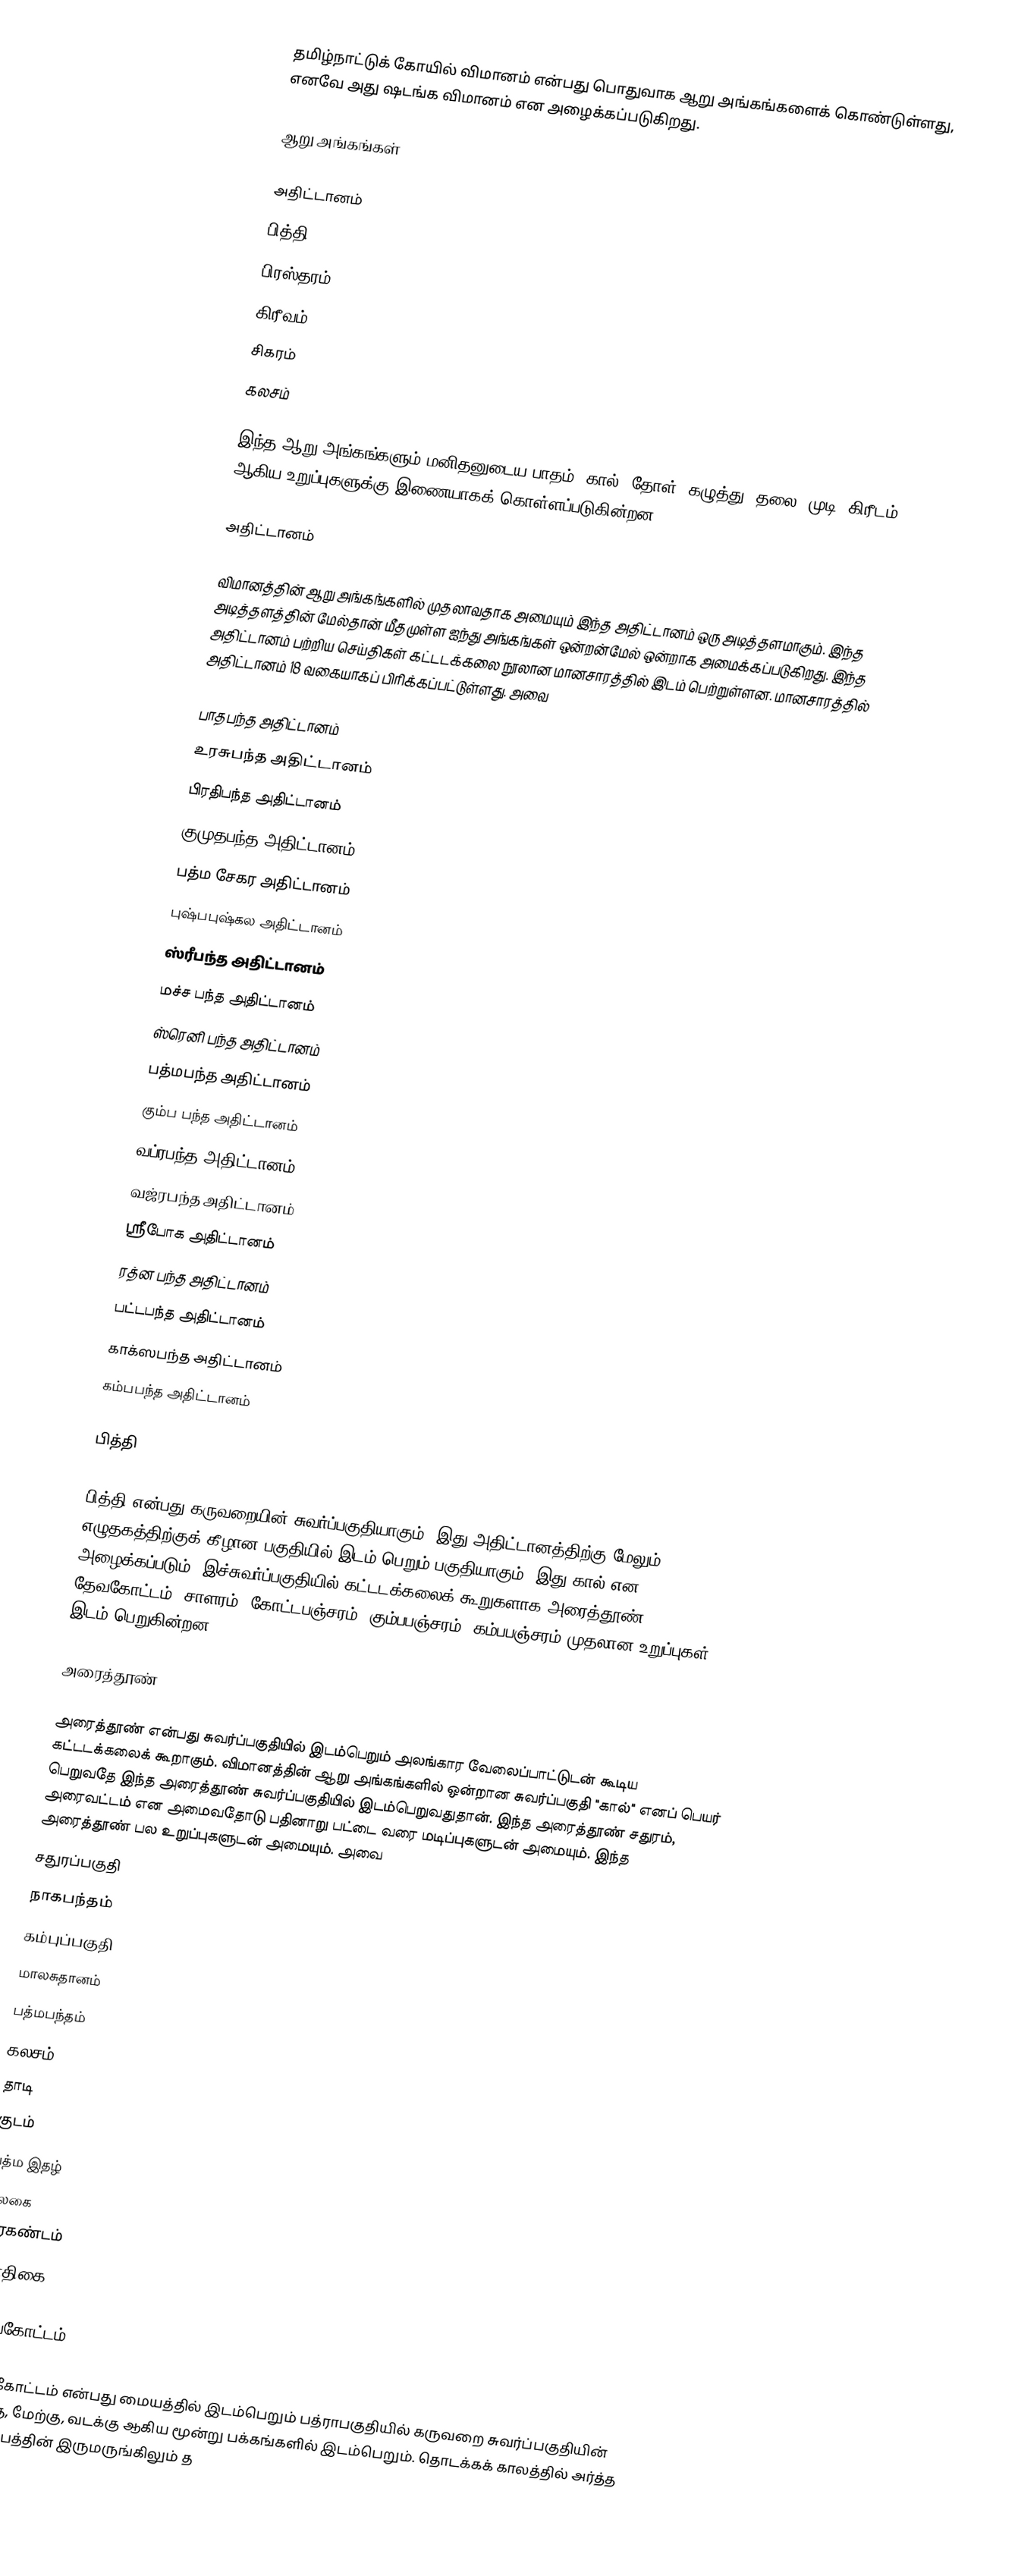
தமிழ்நாட்டுக் கோயில் விமானம் என்பது பொதுவாக ஆறு அங்கங்களைக் கொண்டுள்ளது, எனவே அது ஷடங்க விமானம் என அழைக்கப்படுகிறது.

ஆறு அங்கங்கள்

 அதிட்டானம்
 பித்தி
 பிரஸ்தரம்
 கிரீவம்
 சிகரம்
 கலசம்

இந்த ஆறு அங்கங்களும் மனிதனுடைய பாதம், கால், தோள், கழுத்து, தலை, முடி (கிரீடம்) ஆகிய உறுப்புகளுக்கு இணையாகக் கொள்ளப்படுகின்றன.

அதிட்டானம்

விமானத்தின் ஆறு அங்கங்களில் முதலாவதாக அமையும் இந்த அதிட்டானம் ஒரு அடித்தளமாகும். இந்த அடித்தளத்தின் மேல்தான் மீதமுள்ள ஐந்து அங்கங்கள் ஒன்றன்மேல் ஒன்றாக அமைக்கப்படுகிறது. இந்த அதிட்டானம் பற்றிய செய்திகள் கட்டடக்கலை நூலான மானசாரத்தில் இடம் பெற்றுள்ளன. மானசாரத்தில் அதிட்டானம் 18 வகையாகப் பிரிக்கப்பட்டுள்ளது. அவை

பாதபந்த அதிட்டானம்
உரசுபந்த அதிட்டானம்
பிரதிபந்த அதிட்டானம்
குமுதபந்த அதிட்டானம்
பத்ம சேகர அதிட்டானம்
புஷ்பபுஷ்கல அதிட்டானம்
ஸ்ரீபந்த அதிட்டானம்
மச்ச பந்த அதிட்டானம்
ஸ்ரெனி பந்த அதிட்டானம்
பத்மபந்த அதிட்டானம்
கும்ப பந்த அதிட்டானம்
வப்ரபந்த அதிட்டானம்
வஜ்ரபந்த அதிட்டானம்
ஸ்ரீபோக அதிட்டானம்
ரத்ன பந்த அதிட்டானம்
பட்டபந்த அதிட்டானம்
காக்ஸபந்த அதிட்டானம்
கம்பபந்த அதிட்டானம்

பித்தி

பித்தி என்பது கருவறையின் சுவர்ப்பகுதியாகும். இது அதிட்டானத்திற்கு மேலும் எழுதகத்திற்குக் கீழான பகுதியில் இடம் பெறும் பகுதியாகும். இது கால் என அழைக்கப்படும். இச்சுவர்ப்பகுதியில் கட்டடக்கலைக் கூறுகளாக அரைத்தூண், தேவகோட்டம், சாளரம், கோட்டபஞ்சரம், கும்பபஞ்சரம், கம்பபஞ்சரம் முதலான உறுப்புகள் இடம் பெறுகின்றன.

அரைத்தூண்

அரைத்தூண் என்பது சுவர்ப்பகுதியில் இடம்பெறும் அலங்கார வேலைப்பாட்டுடன் கூடிய கட்டடக்கலைக் கூறாகும். விமானத்தின் ஆறு அங்கங்களில் ஒன்றான சுவர்ப்பகுதி "கால்" எனப் பெயர் பெறுவதே இந்த அரைத்தூண் சுவர்ப்பகுதியில் இடம்பெறுவதுதான். இந்த அரைத்தூண் சதுரம், அரைவட்டம் என அமைவதோடு பதினாறு பட்டை வரை மடிப்புகளுடன் அமையும். இந்த அரைத்தூண் பல உறுப்புகளுடன் அமையும். அவை
சதுரப்பகுதி
நாகபந்தம்
கம்புப்பகுதி
மாலசுதானம்
பத்மபந்தம்
கலசம்
தாடி
குடம்
பத்ம இதழ்
பலகை
வீரகண்டம்
போதிகை

தேவகோட்டம்

தேவகோட்டம் என்பது மையத்தில் இடம்பெறும் பத்ராபகுதியில் கருவறை சுவர்ப்பகுதியின் தெற்கு, மேற்கு, வடக்கு ஆகிய மூன்று பக்கங்களில் இடம்பெறும். தொடக்கக் காலத்தில் அர்த்த மண்டபத்தின் இருமருங்கிலும் த